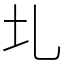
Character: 圠